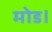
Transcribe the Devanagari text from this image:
मोड।